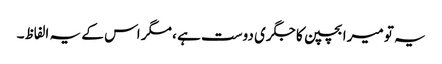
یہ تو میرا بچپن کا جگری دوست ہے ، مگر اس کے یہ الفاظ۔